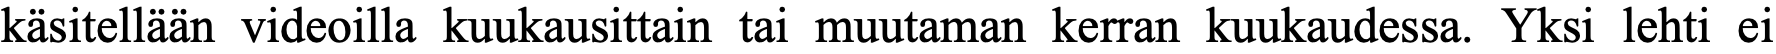
käsitellään videoilla kuukausittain tai muutaman kerran kuukaudessa. Yksi lehti ei